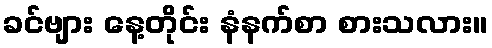
ခင်ဗျား နေ့တိုင်း နံနက်စာ စားသလား။